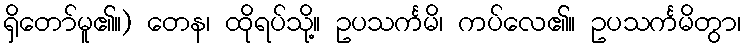
ရှိတော်မူ၏။) တေန၊ ထိုရပ်သို့။ ဥပသင်္ကမိ၊ ကပ်လေ၏။ ဥပသင်္ကမိတွာ၊